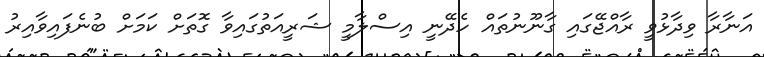
އަނާރާ ވިދާޅުވީ ރާއްޖޭގައި ގާނޫނުތައް ހެދޭނީ އިސްލާމީ ޝަރީއަތުގައިވާ ގޮތަށް ކަމަށް ބުނެފައިވާއިރު